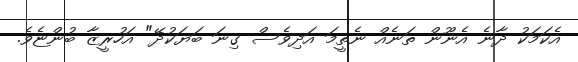
އެކަމަކު ދާނެ އެނޫން ތަނެއް ނެތީމަ އަދިވެސް ގިނަ ބަޔަކުދޭ" އަހުރީޒާ ބުންޏެވެ.